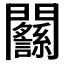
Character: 𨷸